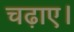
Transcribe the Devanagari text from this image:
चढ़ाए।